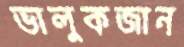
ভালুকজান